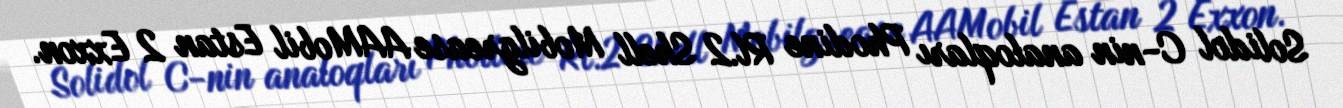
Solidol C-nin analoqları Phodine Rl.2 Shell Mobilgrease AAMobil Estan 2 Exxon.